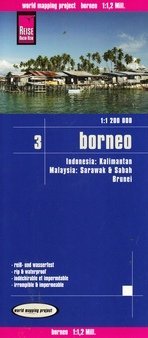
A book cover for Borneo 1:1,200,000 (Malaysia, Indonesia, Brunei) Travel Map, waterproof, GPS-compatible REISE, 2011 edition; Reise Knowhow; Travel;